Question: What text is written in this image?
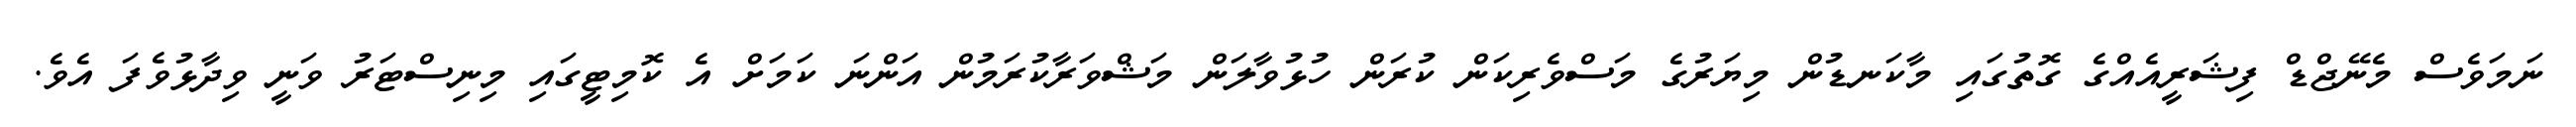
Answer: ނަމަވެސް މެނޭޖްޑް ފިޝަރީއެއްގެ ގޮތުގައި މާކަނޑުން މިޔަރުގެ މަސްވެރިކަން ކުރަން ހުޅުވާލަން މަޝްވަރާކުރަމުން އަންނަ ކަމަށް އެ ކޮމިޓީގައި މިނިސްޓަރު ވަނީ ވިދާޅުވެފަ އެވެ.